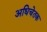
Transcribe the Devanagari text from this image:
अधिचेतक